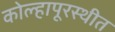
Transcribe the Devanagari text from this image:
कोल्हापूरस्थीत